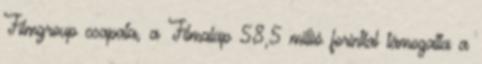
Filmgroup csapata, a Filmalap 58,5 millió forinttal támogatta a